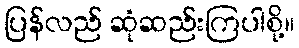
ပြန်လည် ဆုံဆည်းကြပါစို့။